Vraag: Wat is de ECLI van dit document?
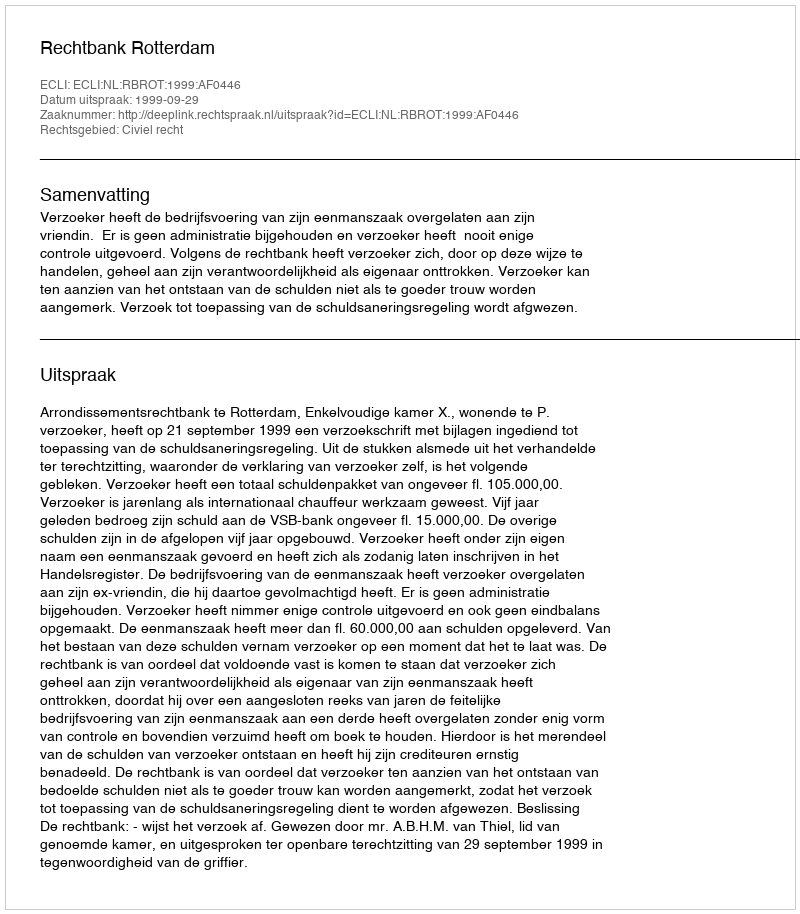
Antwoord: ECLI:NL:RBROT:1999:AF0446